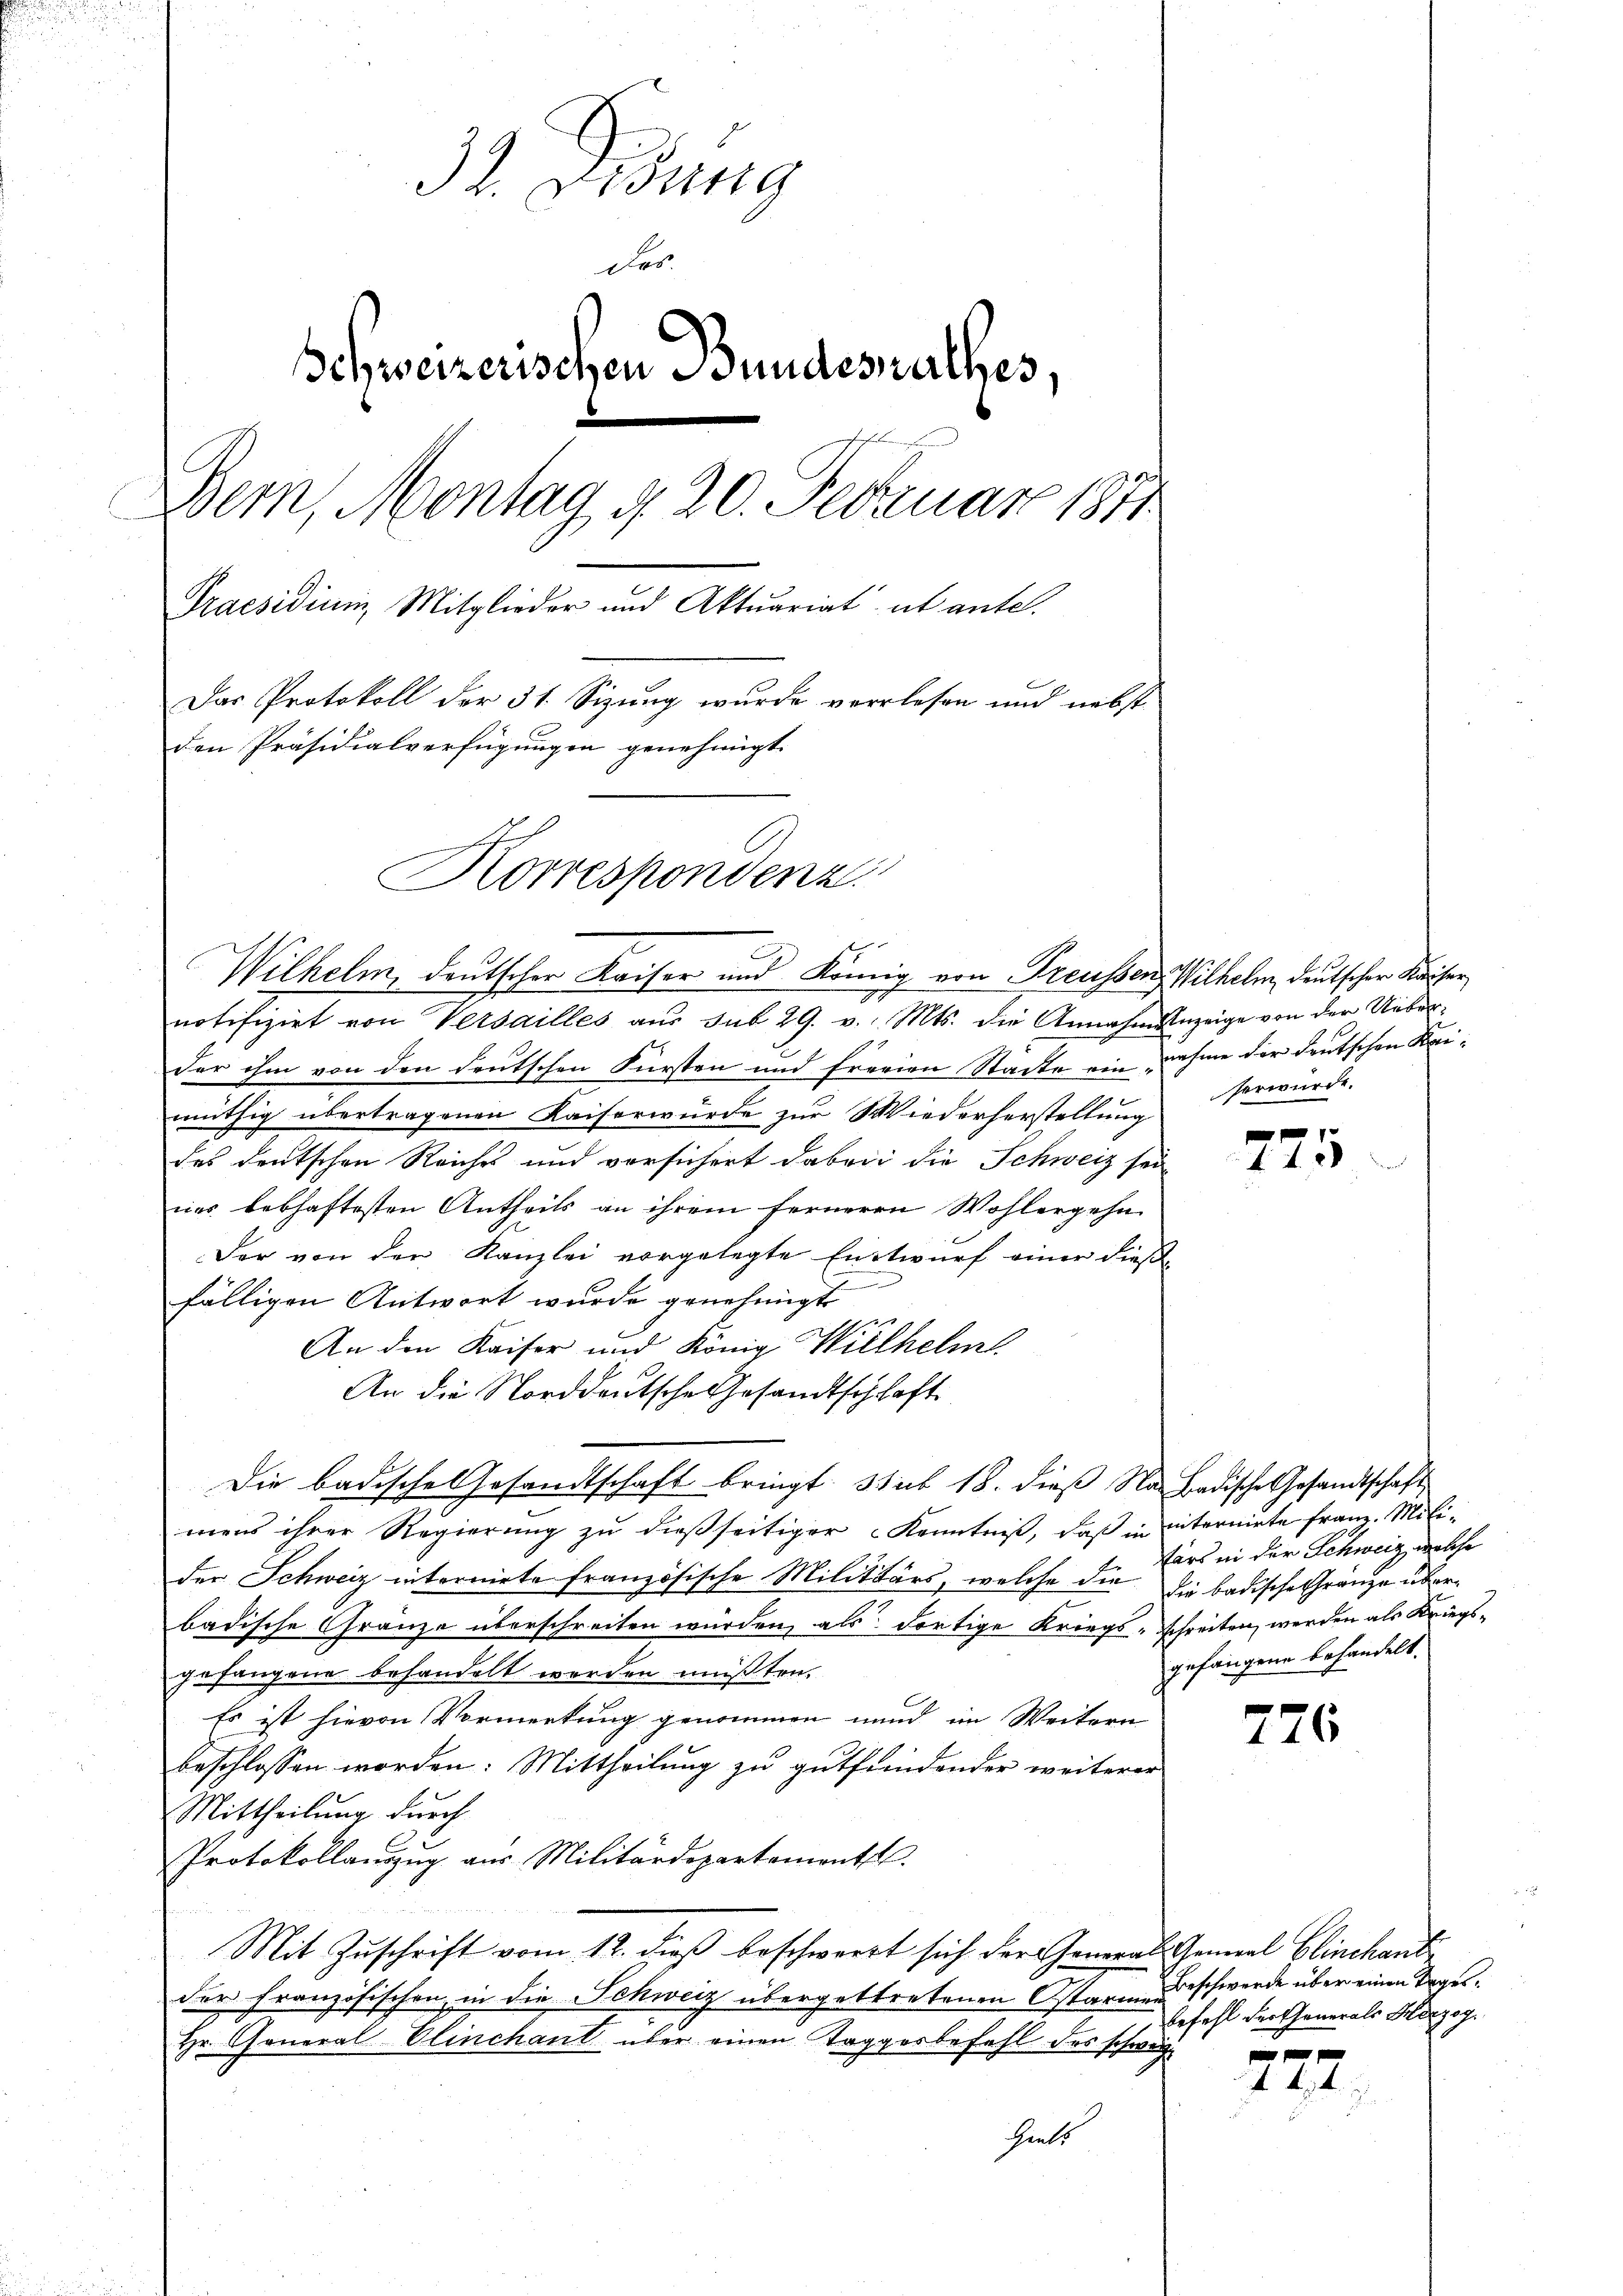
u

32. Jung
Fes
Schweizerischen Bundesrathes.
Bem, Montag d. 20. Februar 1871
Praesidium Mitglieder und Aktuariat ab antel.
Das Protokoll der 31. Sizung wurde verlesen und nebst
den Präsidialverfügungen genehmigt.
Korrespondenz.

notifizirt von Versailles aŭs sub 29. v. Mts. die Annahmunzeige von der Ueberder ihm von den deutschen Fürsten und freien Stadte ein nahme der deutschen Kaimüthig übertragenen Kaiserwürde zur Wiederherstellung
des deutschen Reiches und vorsichert dabei die Schweiz sei
nes lebhaftesten Antheils an ihrem ferneren Wohlergehe
Der von der Kanzlei vorgelegte Entwurf einer dießfälligen Antwort wurde genehmigt
2
An den Kaiser und König Wilhelm
An die Norddeutsche Gesandtschlaft
Die badische Gesandtschaft bringt. Stuck 18. dieß Na badische Gesandtschaft
mens ihrer Regierung zu dießseitiger Kenntniß, daß in internirte Franz. Milider Schweiz internirte französische Militärs, welche die die badische Gränze überbadische Gränze überschreiten würden, als dortige Kriegs-Schreiten werden als Kriegsgefangene behandelt werden müßten.
Es ist hievon Vormerkung genommen und im Weitern
beschlossen worden: Mittheilung zu gutfindender weiterer
Mittheilung durch
Protokollanzŭg aŭs Militärdepartementl.
Mit Zuschrift vom 12. dieß beschwert sich der General General Clinchant
der französischen, in die Schweiz übergettretenen Ostarme Beschwerde über einen Tages¬
Hr. General Elinchant über einen Taggerbefahl des schweiz.
Hiels

Wilhelm, deutscher Kaiser und König von Treussen Wilhelm, deutscher Kaiser

sorwürde.

442

ärs in der Schweiz, welche
gefangene behandelt.

776

befehl der Generals Herzog.

772.